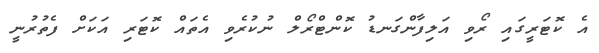
އެ ކޮޓަރީގައި ރޯވި އަލިފާންގަނޑު ކޮންޓްރޯލް ނުކުރެވި އެތައް ކޮޓަރި އަކަށް ފެތުރުނީ